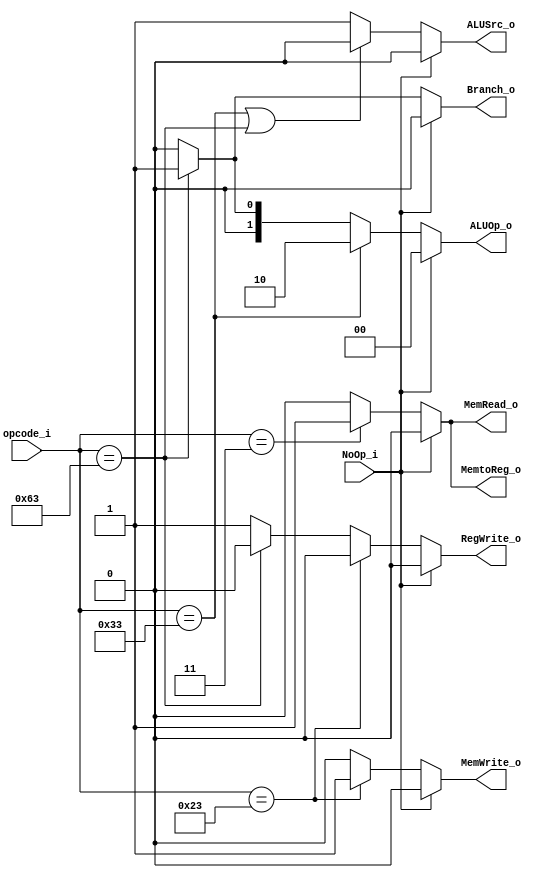
module Control(
    NoOp_i,
    opcode_i, 
    ALUOp_o, 
    ALUSrc_o,
    RegWrite_o, 
    MemtoReg_o, 
    MemRead_o, 
    MemWrite_o, 
    Branch_o
);

input [6:0] opcode_i;
input NoOp_i;
output [1:0] ALUOp_o;
output ALUSrc_o;
output RegWrite_o;
output MemtoReg_o;
output MemRead_o;
output MemWrite_o;
output Branch_o;

// Define the different type of instructions
assign RegWrite_o = NoOp_i ? 0 : (opcode_i == 7'b0100011) ? 0 : (opcode_i == 7'b1100011) ? 0 : 1;
// sw = 0100011, beq = 1100011. Aside from the two, all are 1

assign ALUSrc_o = NoOp_i ? 0 : (opcode_i == 7'b0110011 || opcode_i == 7'b1100011) ? 0 : 1;
// R-format & beq = 0

assign ALUOp_o = NoOp_i ? 2'b00 : 
                 (opcode_i == 7'b0110011) ? 2'b10 : 
                 (opcode_i == 7'b1100011) ? 2'b01 : 2'b00;
// R-format = 10, beq = 01, i-type & s-type = 00

assign MemtoReg_o = NoOp_i ? 0 : (opcode_i == 7'b0000011) ? 1 : 0;
// only lw is 1

assign MemRead_o = NoOp_i ? 0 : (opcode_i == 7'b0000011) ? 1 : 0;
// only lw is 1

assign MemWrite_o = NoOp_i ? 0 : (opcode_i == 7'b0100011) ? 1 : 0;
// only sw is 1

assign Branch_o = NoOp_i ? 0 : (opcode_i == 7'b1100011) ? 1 : 0;

endmodule